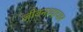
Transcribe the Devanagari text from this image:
जीवनव्यापार